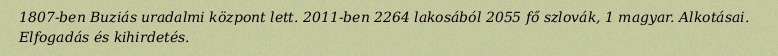
1807-ben Buziás uradalmi központ lett. 2011-ben 2264 lakosából 2055 fő szlovák, 1 magyar. Alkotásai. Elfogadás és kihirdetés.